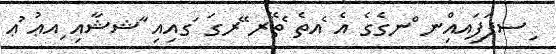
ިސފަފަިއއިްނ ްނގެގެ އެ ެއތެ ެތޭރ ޭރގަ ަގއިއި ާޝޝާއި ިއޢު ުޢ